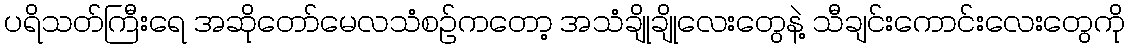
ပရိသတ်ကြီးရေ အဆိုတော်မေလသံစဉ်ကတော့ အသံချိုချိုလေးတွေနဲ့ သီချင်းကောင်းလေးတွေကို